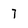
Character: 7